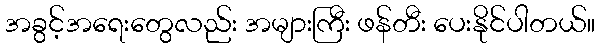
အခွင့်အရေးတွေလည်း အများကြီး ဖန်တီး ပေးနိုင်ပါတယ်။